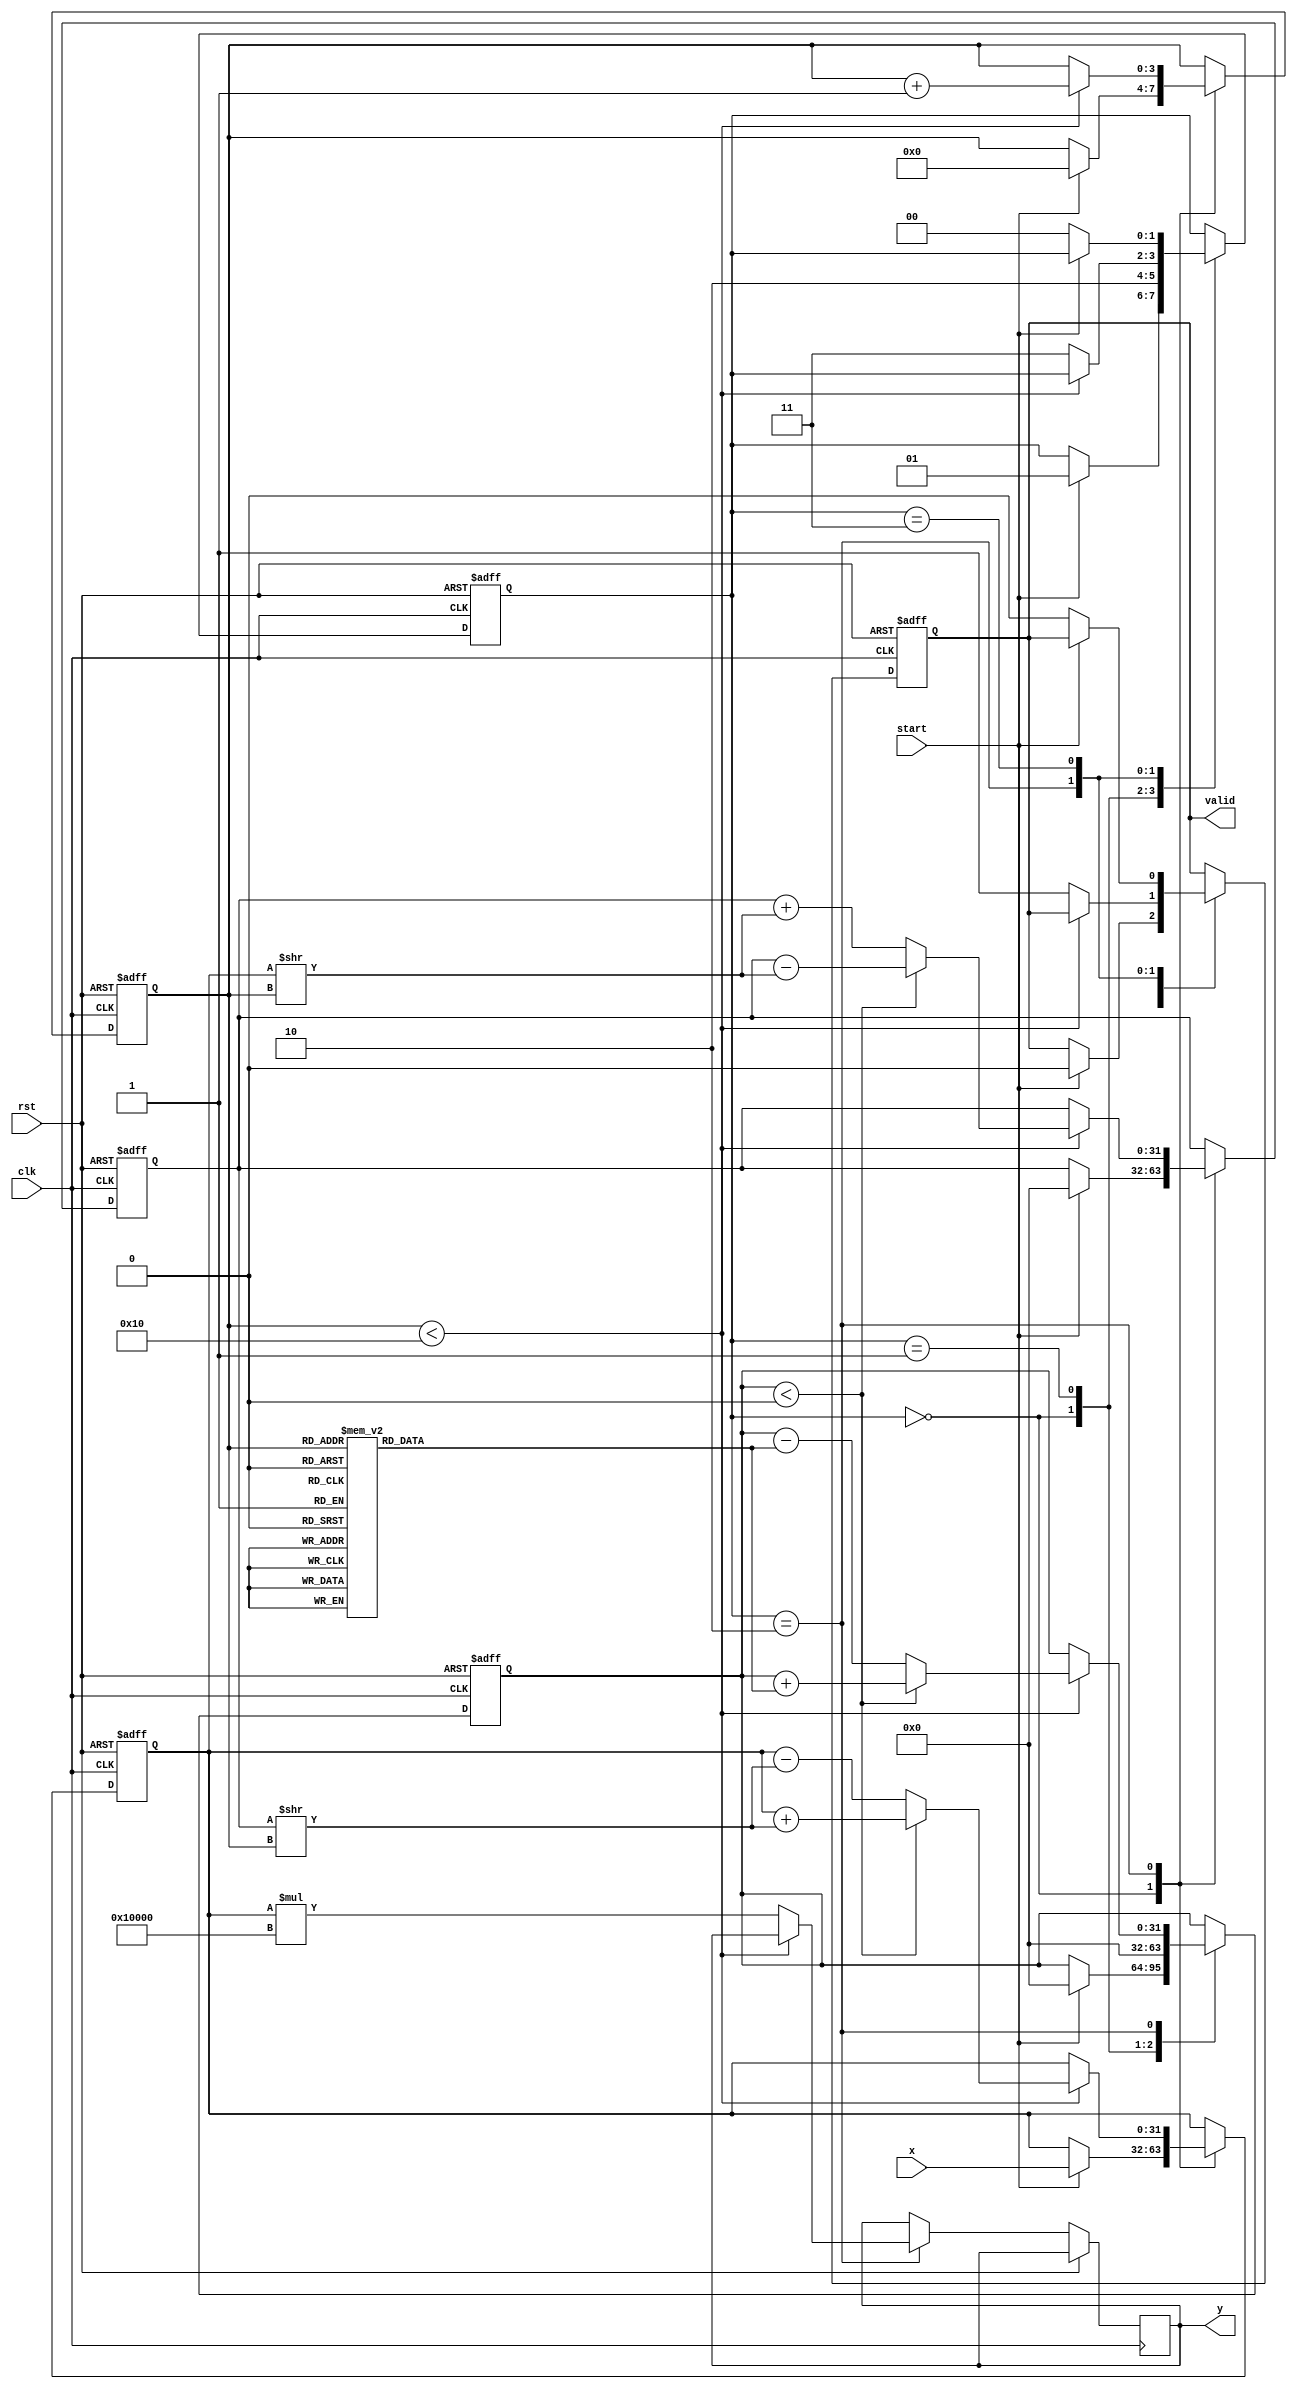
module CORDIC_Reciprocal (
    input wire clk,
    input wire rst,
    input wire [31:0] x, // Input data (0 < x < 1)
    input wire start,
    output reg [31:0] y, // Reciprocal output
    output reg valid // Output valid signal
);

    // Parameters for CORDIC
    parameter NUM_ITERATIONS = 16; // Number of iterations
    parameter FIXED_POINT_SCALE = 32'h00010000; // Scale factor for fixed-point representation

    // CORDIC angles (in fixed-point representation)
    reg [31:0] angles [0:NUM_ITERATIONS-1];
    initial begin
        angles[0] = 32'h00000000; // atan(2^0)
        angles[1] = 32'h00000000; // atan(2^-1)
        angles[2] = 32'h00000000; // atan(2^-2)
        angles[3] = 32'h00000000; // atan(2^-3)
        angles[4] = 32'h00000000; // atan(2^-4)
        angles[5] = 32'h00000000; // atan(2^-5)
        angles[6] = 32'h00000000; // atan(2^-6)
        angles[7] = 32'h00000000; // atan(2^-7)
        angles[8] = 32'h00000000; // atan(2^-8)
        angles[9] = 32'h00000000; // atan(2^-9)
        angles[10] = 32'h00000000; // atan(2^-10)
        angles[11] = 32'h00000000; // atan(2^-11)
        angles[12] = 32'h00000000; // atan(2^-12)
        angles[13] = 32'h00000000; // atan(2^-13)
        angles[14] = 32'h00000000; // atan(2^-14)
        angles[15] = 32'h00000000; // atan(2^-15)
    end

    // Internal registers
    reg [31:0] x_reg, y_reg, z_reg;
    reg [3:0] iteration;
    reg [1:0] state; // FSM states

    // FSM States
    localparam IDLE = 2'b00;
    localparam INIT = 2'b01;
    localparam CALC = 2'b10;
    localparam DONE = 2'b11;

    // Sequential Logic
    always @(posedge clk or posedge rst) begin
        if (rst) begin
            state <= IDLE;
            valid <= 0;
            iteration <= 0;
            x_reg <= 0;
            y_reg <= 0;
            z_reg <= 0;
        end else begin
            case (state)
                IDLE: begin
                    if (start) begin
                        // Initialize inputs
                        x_reg <= x;
                        y_reg <= 0; // Initial y is 0
                        z_reg <= 0; // Initial angle is 0
                        iteration <= 0;
                        valid <= 0;
                        state <= INIT;
                    end
                end

                INIT: begin
                    // Initialize for calculations
                    z_reg <= 32'h00000000; // Initial angle (0)
                    state <= CALC;
                end

                CALC: begin
                    if (iteration < NUM_ITERATIONS) begin
                        // CORDIC rotation
                        if (z_reg < 0) begin
                            // Perform rotation counter-clockwise
                            x_reg <= x_reg + (y_reg >> iteration);
                            y_reg <= y_reg - (x_reg >> iteration);
                            z_reg <= z_reg + angles[iteration];
                        end else begin
                            // Perform rotation clockwise
                            x_reg <= x_reg - (y_reg >> iteration);
                            y_reg <= y_reg + (x_reg >> iteration);
                            z_reg <= z_reg - angles[iteration];
                        end
                        iteration <= iteration + 1;
                    end else begin
                        // Finalize output
                        y <= x_reg * FIXED_POINT_SCALE; // Scale the output
                        valid <= 1;
                        state <= DONE;
                    end
                end

                DONE: begin
                    // Wait for next start signal
                    if (!start) begin
                        state <= IDLE;
                        valid <= 0;
                    end
                end
            endcase
        end
    end
endmodule